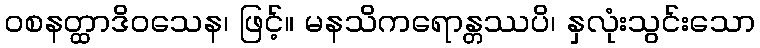
ဝစနတ္ထာဒိဝသေန၊ ဖြင့်။ မနသိကရောန္တဿပိ၊ နှလုံးသွင်းသော